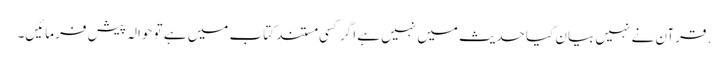
. قرآن نے نہیں بیان کیا حدیث میں نہیں ہے اگر کسی مستند کتاب میں ہے تو حوالہ پیش فرمائیں۔